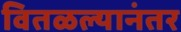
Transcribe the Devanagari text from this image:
वितळल्यानंतर